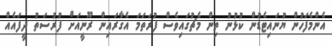
އެންމެފަހުން ޔުނައިޓެޑުން ކުޅުނު ތިން މެޗުގައިވެސް ފުރަތަމަ އެގާރައިން ރޫނީއަށް ފުރުސަތު ދީފައެއް